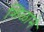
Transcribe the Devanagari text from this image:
शिळाने